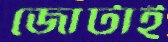
জোটাই